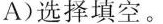
A)选择填空.